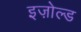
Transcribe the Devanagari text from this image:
इज़ोल्ड